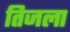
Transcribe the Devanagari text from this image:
तिजला